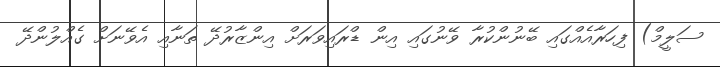
ސަލީމް) ފިހަރާއެއްގައި ބޭނުންކުރާ ވޭނުގައި އިން ޑްރައިވަރަށް އިންޒާރުދޭ ތަނާއި އެވޭނަށް ގެއްލުންދޭ